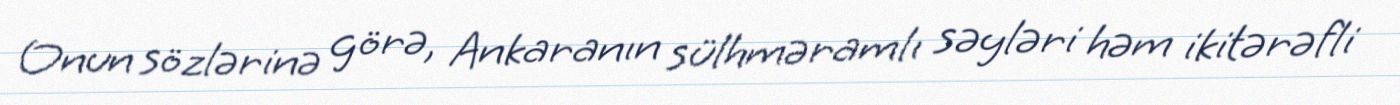
Onun sözlərinə görə, Ankaranın sülhməramlı səyləri həm ikitərəfli